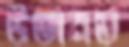
উভানভ